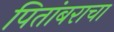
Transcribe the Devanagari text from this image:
पितांबराचा